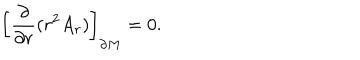
{ \left[ { \frac { \partial } { \partial r } } ( r ^ { 2 } A _ { r } ) \right] } _ { \partial M } = 0 .